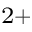
^ { 2 + }